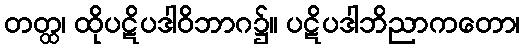
တတ္ထ၊ ထိုပဋိပဒါဝိဘာဂ၌။ ပဋိပဒါဘိညာကတော၊